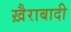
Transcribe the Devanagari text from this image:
ख़ैराबादी